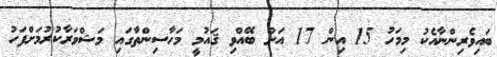
ބައިވެރިންނާއެކު މިމަހު 15 އިން 17 އަށް ބޭއްވި ޤައުމީ މަހާސިންތާގައި މަޝްވަރާކުރުމަށްފަހު